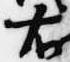
右